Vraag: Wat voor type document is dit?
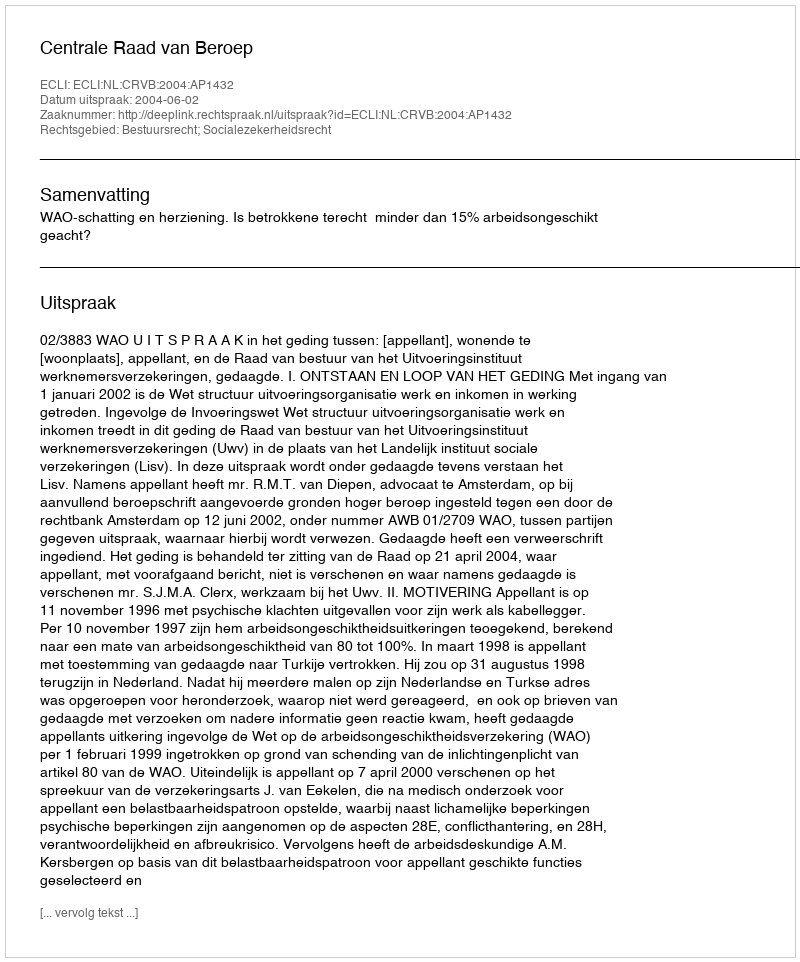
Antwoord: Uitspraak